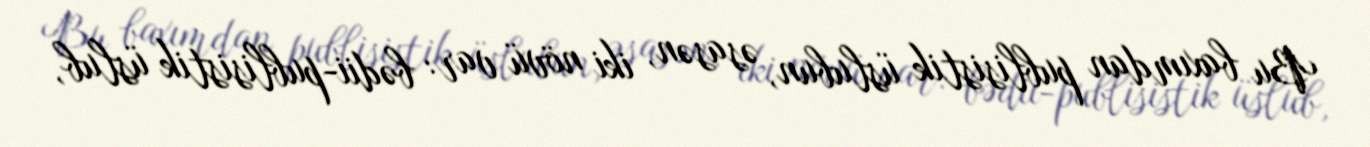
Bu baxımdan publisistik üslubun, əsasən, iki növü var: bədii-publisistik üslub,